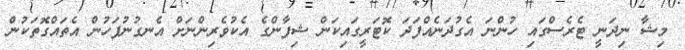
މިޝާ ނިދަނީ ޓެރެސްގައި ހުންނަ އެގުދަނެއްފަދަ ކޮޓަރީގައިކަން ޝިފާންގެ އެކުވެރިންނަށް އެނގުނުފަހުން އެތައްގޮތަކުން